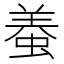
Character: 𧌶